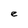
Character: e